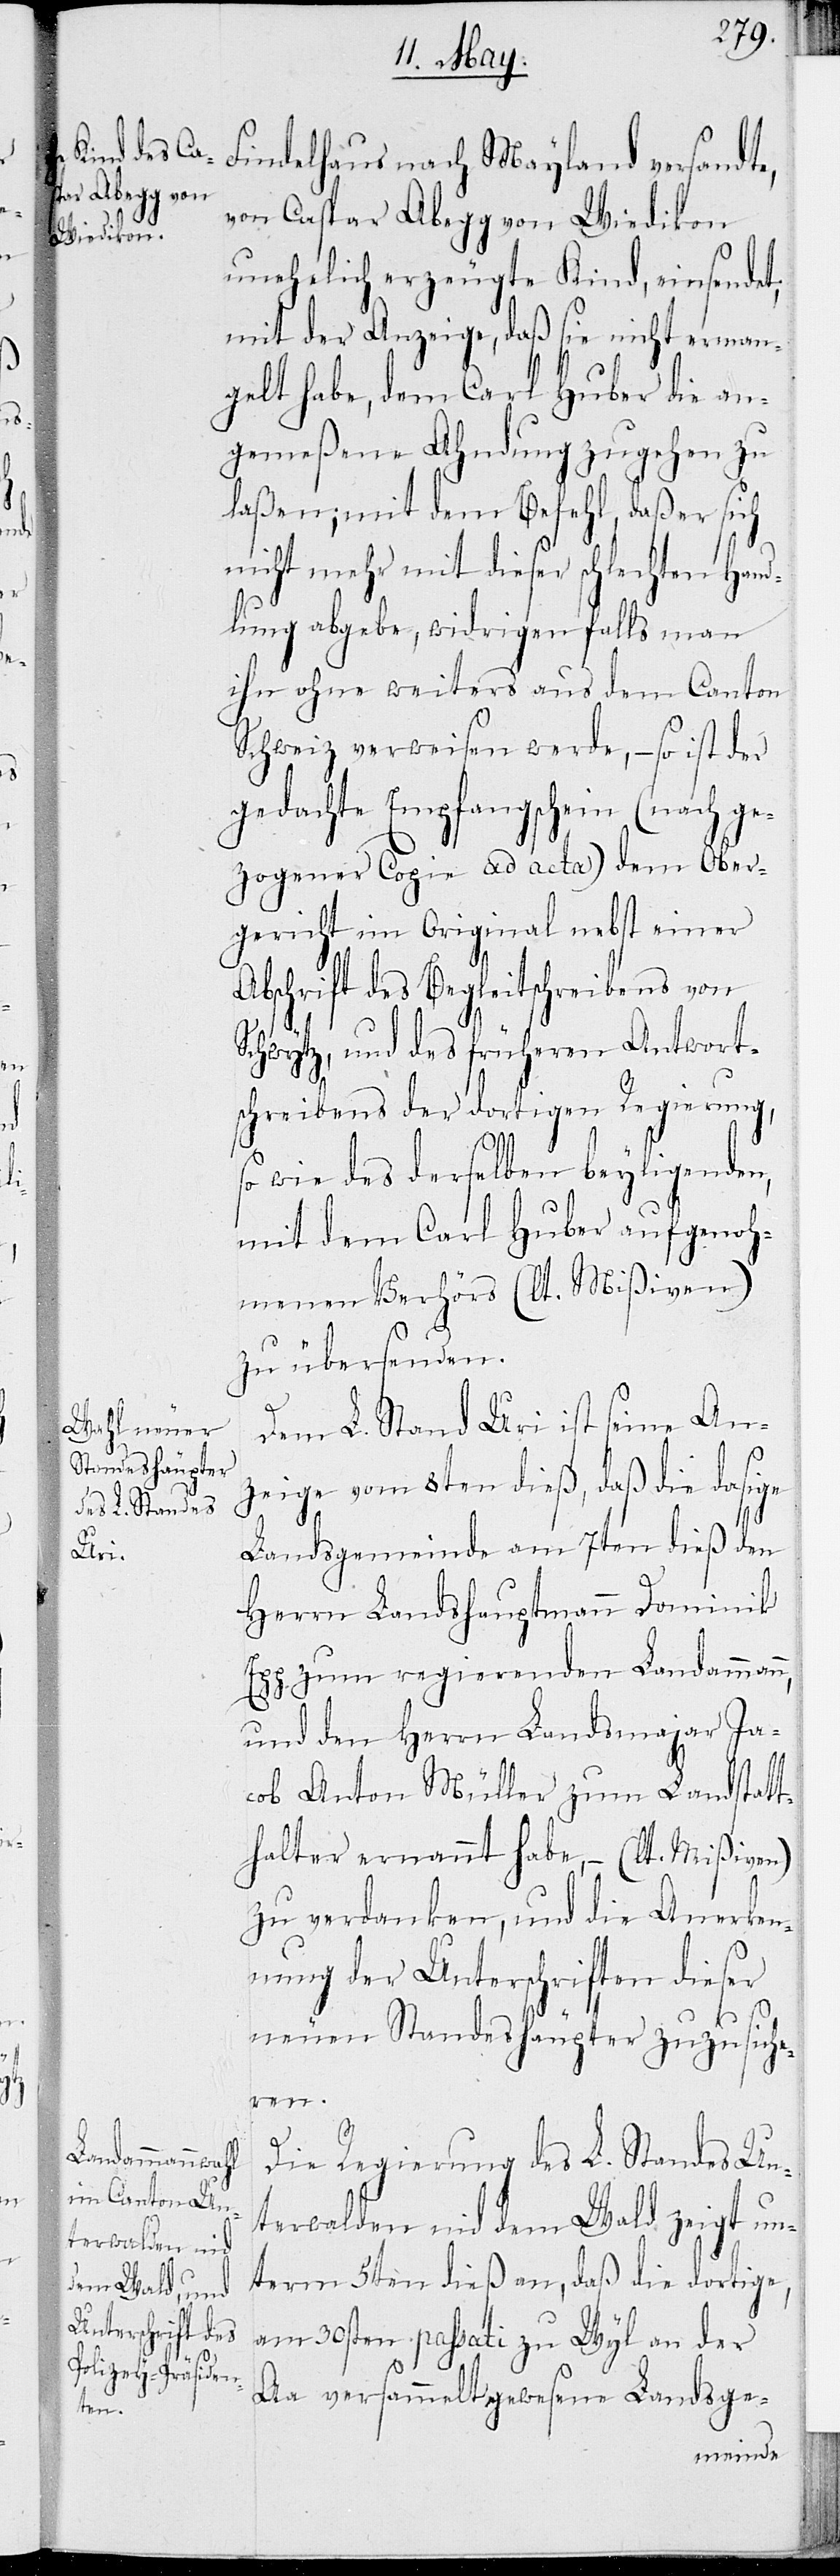
Findelhaus nach Mayland versandte,
von Caspar Abegg von Wiedikon
unehelich erzeugte Kind, einsendet,
mit der Anzeige, daß sie nicht erman¬
gelt habe, dem Carl Huber die an¬
gemeßene Ahndung zugehen zu
laßen; mit dem Befehl, daß er sich
nicht mehr mit dieser schlechten Hand¬
lung abgebe, widrigenfalls man
ihn ohne weiteres aus dem Canton
Schwytz verweisen werde, – so ist der
gedachte Empfangschein (nach ge¬
zogener Copie ad acta) dem Ober¬
gericht im Original nebst einer
Abschrift des Begleitschreibens von
Schwytz, und des früheren Antwort¬
schreibens der dortigen Regierung,
so wie des derselben beyligenden,
mit dem Carl Huber angenoh¬
menen Verhörs (lt. Mißiven)
zu übersenden.
Dem L. Stand Uri ist seine An¬
zeige vom 8ten dieß, daß die dasige
Landsgemeinde am 7ten dieß den
Herrn Landeshauptmann Dominik
Egg zum regierenden Landammann,
und den Herrn Landsmajor Ja¬
cob Anton Müller zum Landstatt¬
halter ernannt habe, – (lt. Mißiven)
zu verdanken, und die Anerken¬
nung der Unterschrift dieser
neuen Standeshäupter zuzusiche¬
ren.
Die Regierung des L. Standes Un¬
terwalden nid dem Wald zeigt un¬
term 5ten dieß an, daß die dortige,
am 30sten passati zu Wyl an der
Aa versammelt gewesene Landsge-